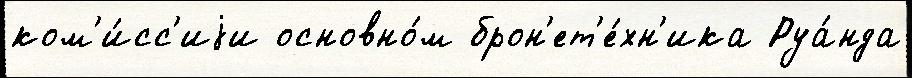
ком'и́сс'иjи основно́м брон'ет'е́хн'ика Руа́нда